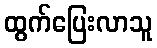
ထွက်ပြေးလာသူ